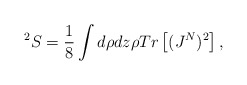
\begin{align*}^2S = \frac {1}{8}\int d\rho dz \rho Tr\left [(J^N)^2 \right],\end{align*}